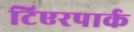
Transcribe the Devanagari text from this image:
टिएरपार्क